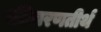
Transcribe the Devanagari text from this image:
पतिचरणतीर्थ